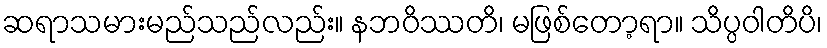
ဆရာသမားမည်သည်လည်း။ နဘဝိဿတိ၊ မဖြစ်တော့ရာ။ သိပ္ပဝါတိပိ၊